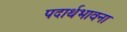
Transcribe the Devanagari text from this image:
पदार्थभावना